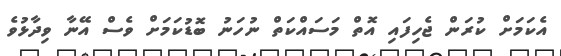
އެކަމަށް ކުރަން ޖެހިފައި އޮތް މަސައްކަތް ނުހަނު ބޮޑުކަމަށް ވެސް އޭނާ ވިދާޅުވެ